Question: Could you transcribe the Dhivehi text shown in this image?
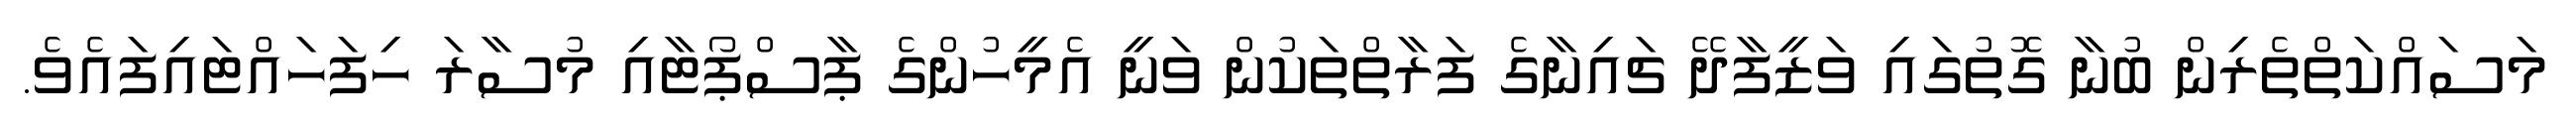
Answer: މަސައްކަތްތެރިން ބުނާ ގޮތުގައި ވަޒީފާދޭ ޗައިނާގެ ފަރާތްތަކުން ވަނީ އެމީހުންގެ ޕާސްޕޯޓާއި މުސާރަ ހިފަހައްޓައިފައެވެ.